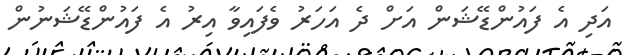
އަދި އެ ފައުންޑޭޝަން އަށް ދެ އަހަރު ވެފައިވާ އިރު އެ ފައުންޑޭޝަނުން